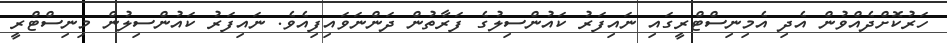
ހަރުކޮށްދެއްވުން އެދި އެމިނިސްޓްރީގައި ނައިފަރު ކައުންސިލުގެ ފަރާތުން ދަންނަވައިފިއެވެ. ނައިފަރު ކައުންސިލުން މިނިސްޓްރީ